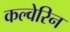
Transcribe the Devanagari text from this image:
कल्वेरिन